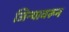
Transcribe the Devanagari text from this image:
जिन्यावरून